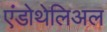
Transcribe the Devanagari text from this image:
एंडोथेलिअल